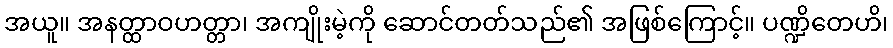
အယူ။ အနတ္ထာဝဟတ္တာ၊ အကျိုးမဲ့ကို ဆောင်တတ်သည်၏ အဖြစ်ကြောင့်။ ပဏ္ဍိတေဟိ၊